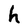
Character: h